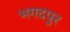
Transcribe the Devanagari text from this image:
भगदपुर